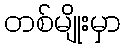
တစ်မျိုးမှာ